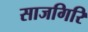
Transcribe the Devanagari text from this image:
साजगिरि